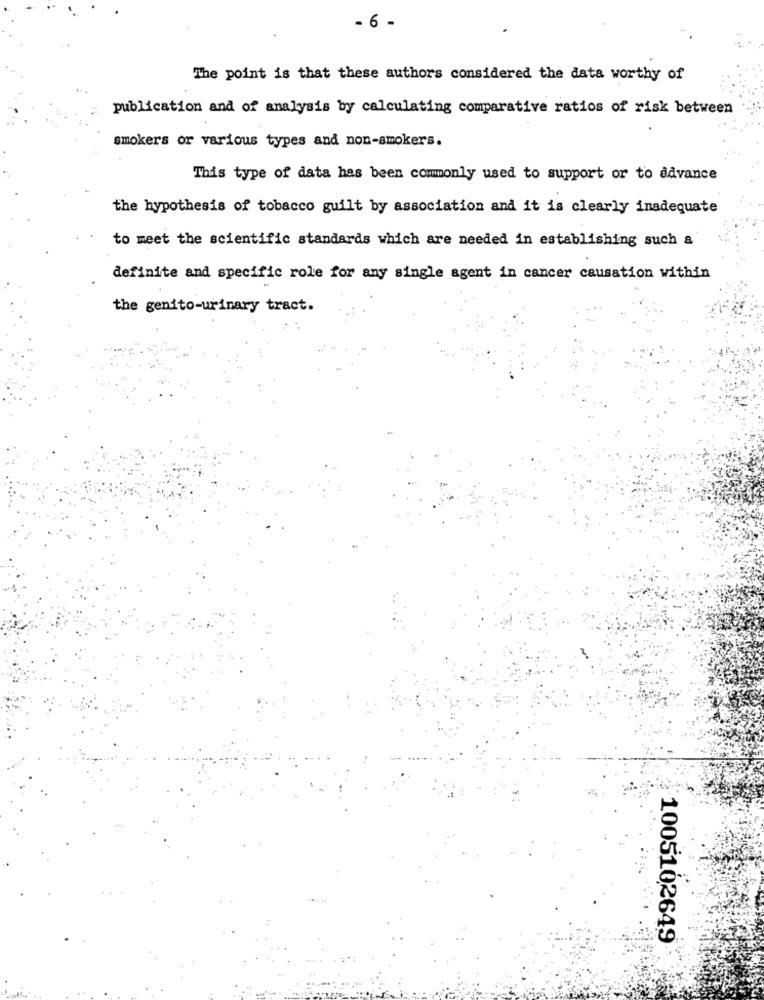
- 6 -
The point is that these authors considered the data worthy of
publication and of analysis by calculating comparative ratios of risk between
smokers or various types and non-smokers.
This type of data has been commonly used to support or to advance
the hypothesis of tobacco guilt by association and it is clearly inadequate
to meet the scientific standards which are needed in establishing such a
definite and specific role for any single agent in cancer causation within
the genito-urinary tract.
1005102649